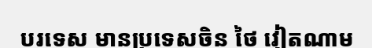
បរទេស មានប្រទេសចិន ថៃ វៀតណាម